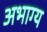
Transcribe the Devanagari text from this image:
अभाग्य